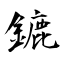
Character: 鏕